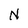
Character: N